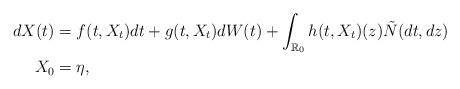
LaTeX: \begin{align*} d X(t)&=f(t, X_t) d t+g(t,X_t)d W(t)+ \int_{\mathbb{R}_0}h(t,X_t)(z)\tilde N(d t, d z)\\X_0&=\eta, \end{align*}